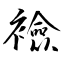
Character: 襝